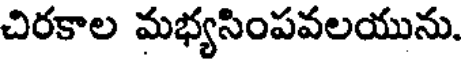
చిరకాల మభ్యసింపవలయును.